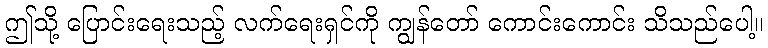
ဤသို့ ပြောင်းရေးသည့် လက်ရေးရှင်ကို ကျွန်တော် ကောင်းကောင်း သိသည်ပေါ့။